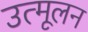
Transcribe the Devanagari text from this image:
उत्मूलन